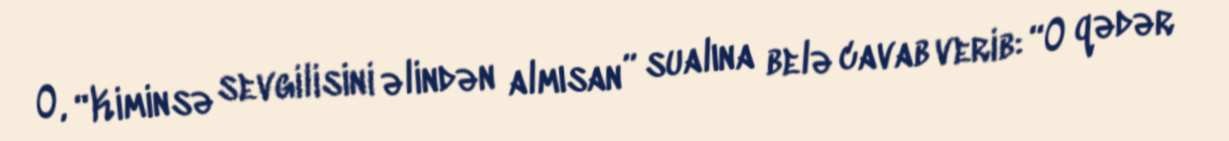
O, “Kiminsə sevgilisini əlindən almısan” sualına belə cavab verib: “O qədər